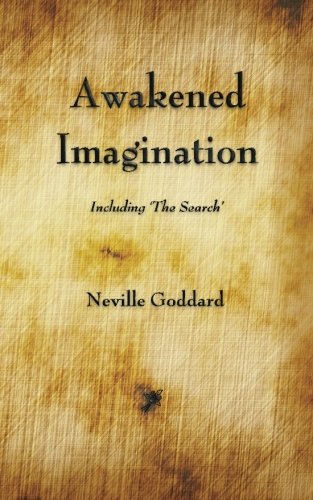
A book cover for Awakened Imagination; Neville; Christian Books & Bibles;